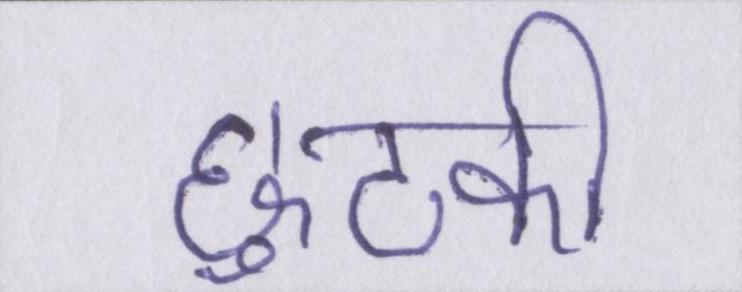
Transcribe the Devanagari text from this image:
छुटकी